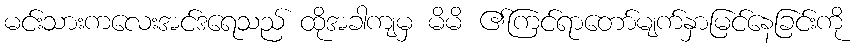
မင်းသားကလေးအင်ဒရေသည် ထိုအခါကျမှ မိမိ ၏ကြင်ရာတော်မျက်နှာမြင်နေခြင်းကို